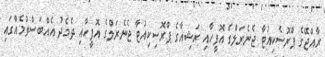
ރާއްޖޭގެ ޕްރޮސެކިއުޓާ ޖެނެރަލްގެ އޮފީހާއި ރަޝިއާގެ ޕްރޮސިކިއުޓާ ޖެެނެރަލްގެ އޮފީހާއި ދެމެދު އެއްބަސްވުމެއްގައި